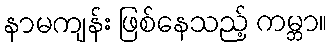
နာမကျန်း ဖြစ်နေသည့် ကမ္ဘာ။